Report on lock hospitals in British Burma
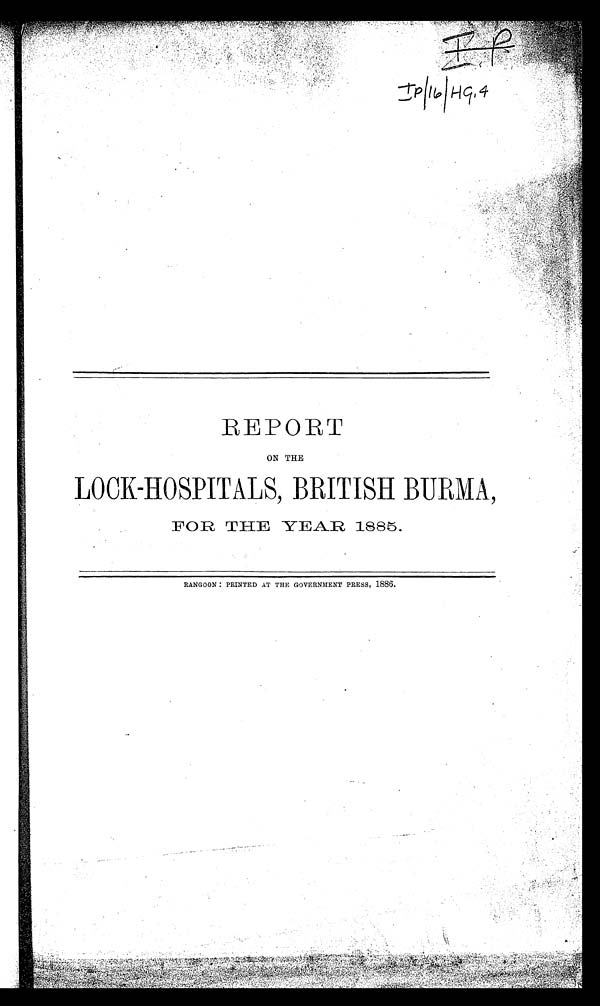
REPORT
ON THE
LOCK-HOSPITALS, BRITISH BURMA,
FOR THE YEAR 1885.
RANGOON : PRINTED AT THE GOVERNMENT PRESS, 1886.